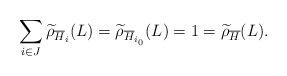
\begin{align*}\sum_{i\in J} \widetilde{\rho}_{\overline{H}_i}(L)= \widetilde{\rho}_{\overline{H}_{i_0}}(L)=1=\widetilde{\rho}_{\overline{H}}(L).\end{align*}